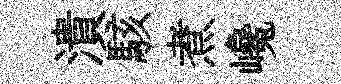
潰駭煮巉